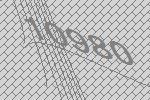
10980